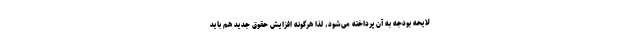
لایحه بودجه به آن پرداخته می‌شود، لذا هرگونه افزایش حقوق جدید هم باید